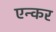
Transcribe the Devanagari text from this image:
एन्कर